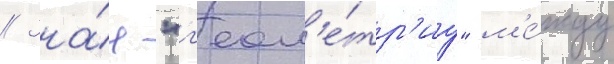
// Зна́я "г'еом'е́тр'иу" м'е́жду